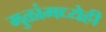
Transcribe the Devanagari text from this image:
मुळांमध्येही